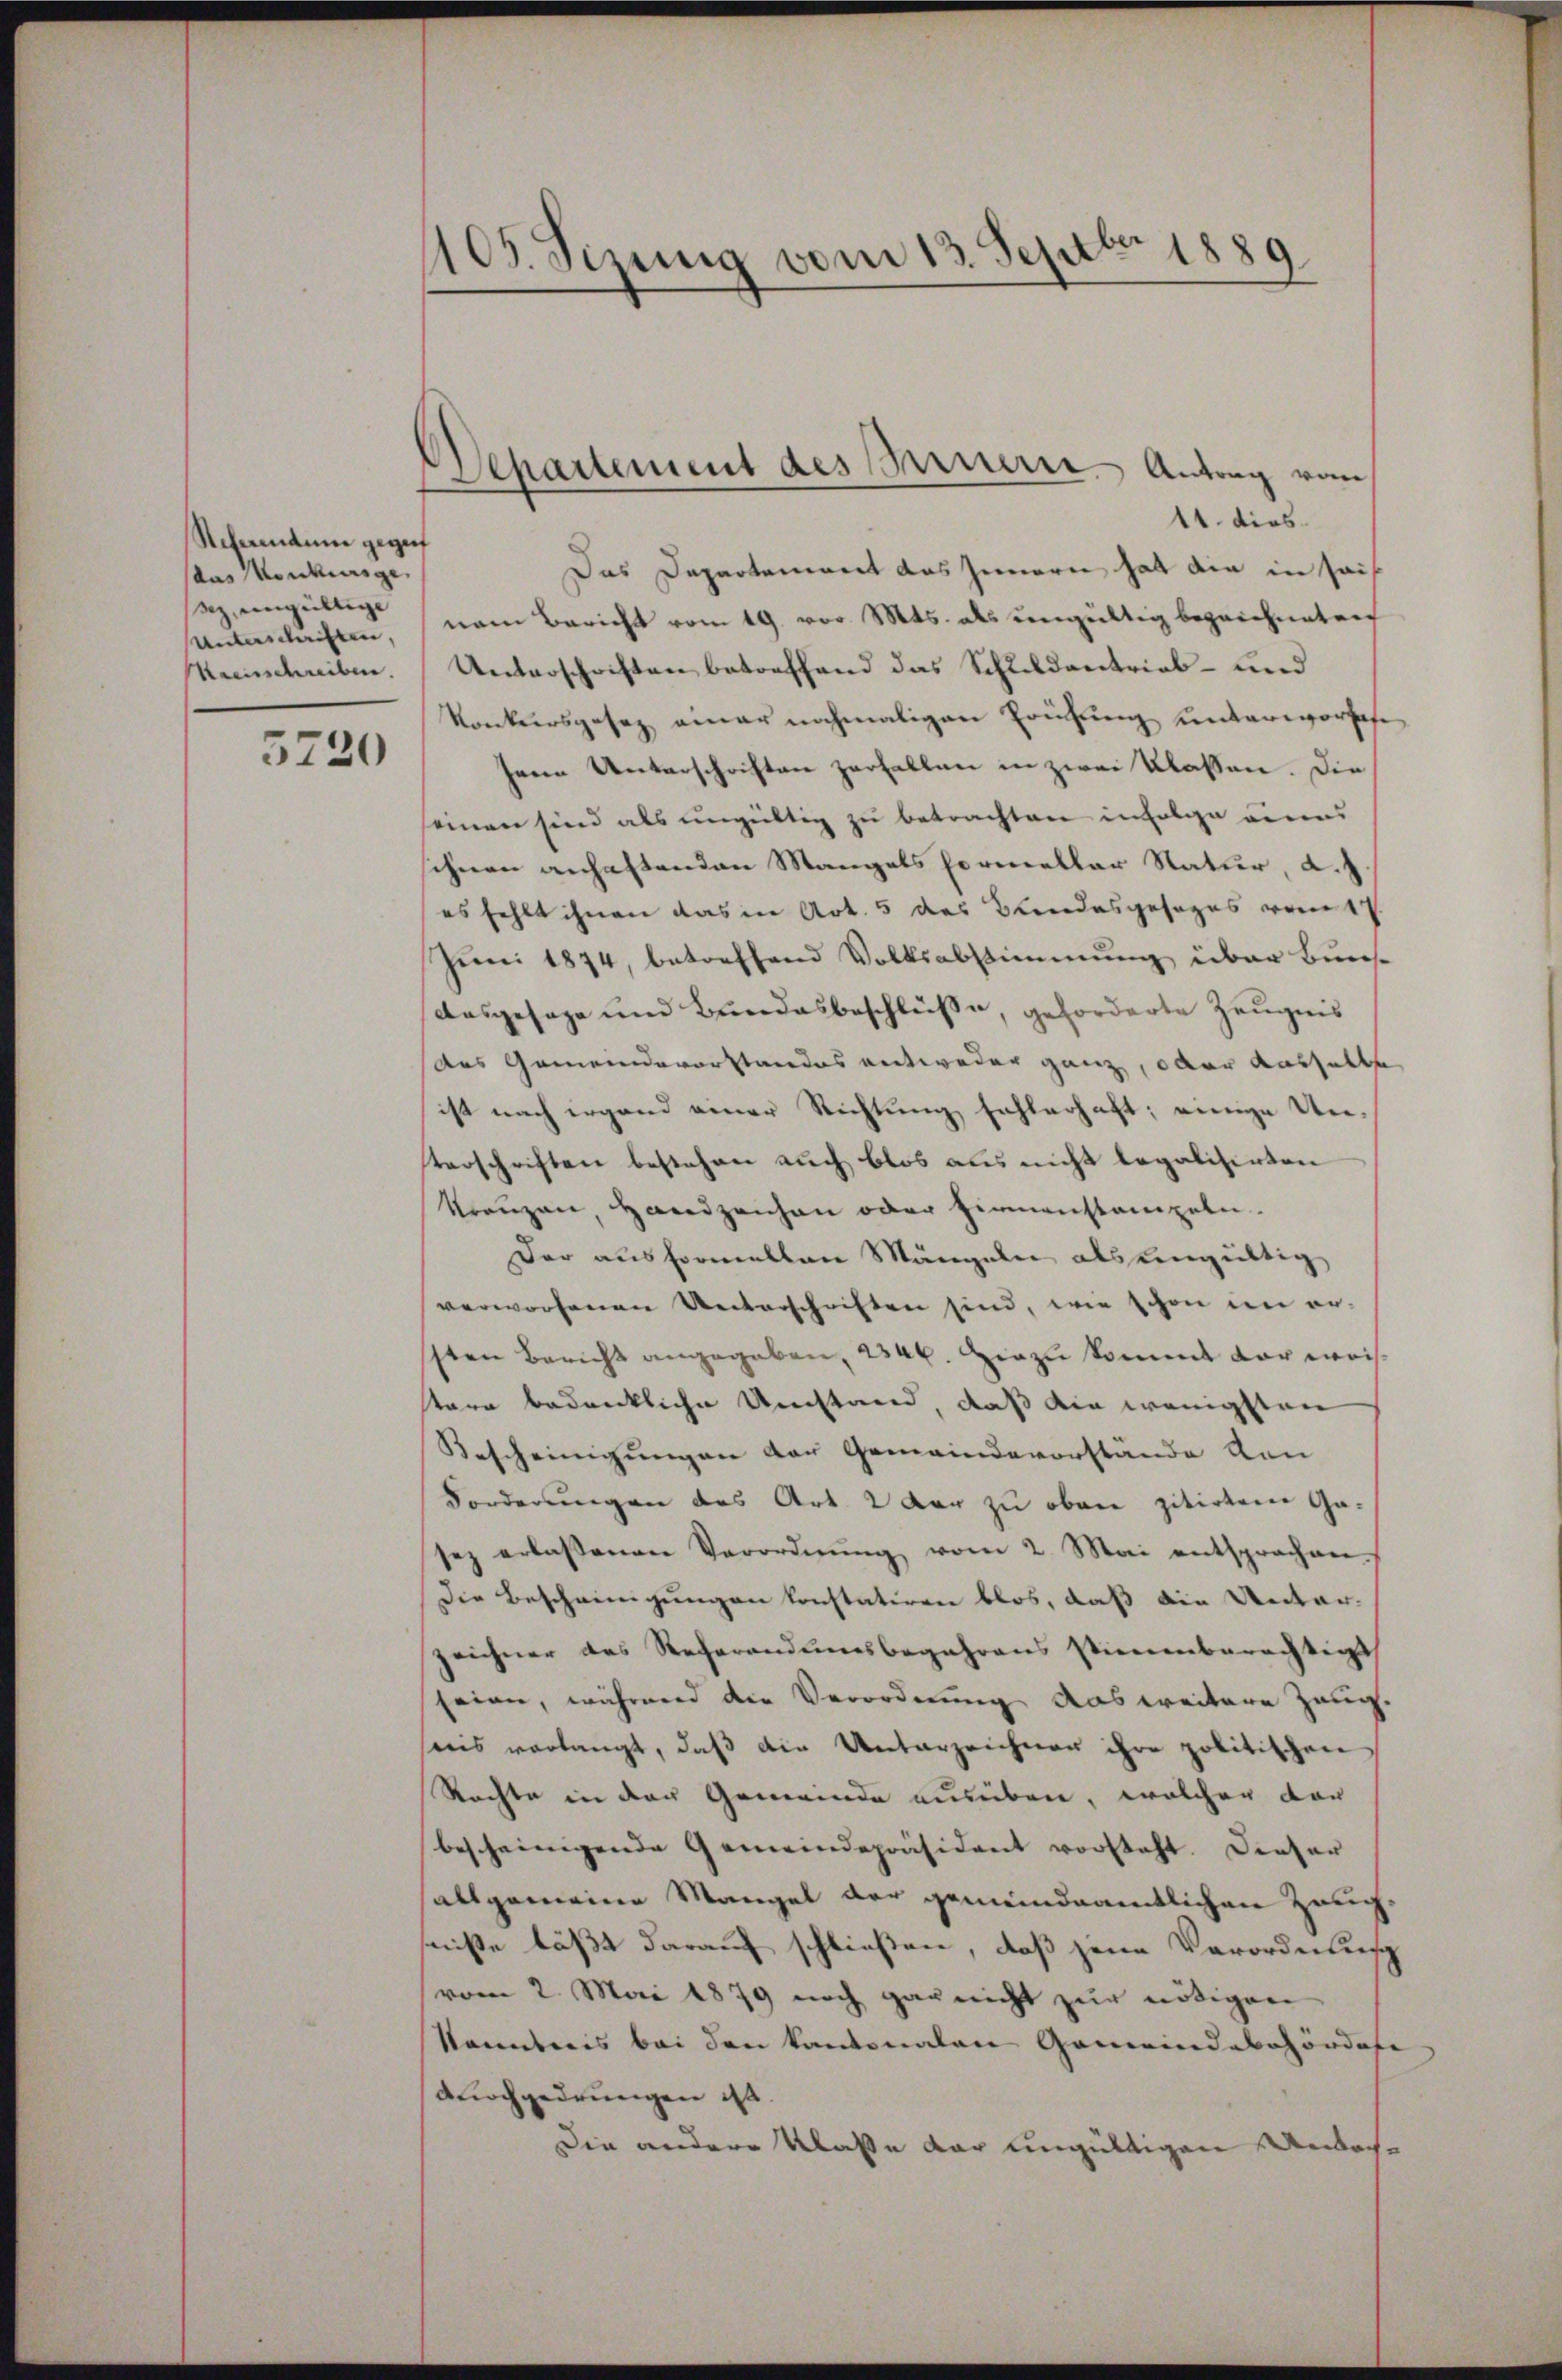
Referendum gegenf
das Monkunge
z, eingültige
Unterschriften,
Kreisschreiben.

3720

105. Sizung vom 13. Septbr. 1889

Departement des Bauern Antrag vom
11. dies

Das Departement das Innern hat die in seinem Bericht vom 19. vor. Mts. als ungültig bezeichneten
Unterschriften betreffend das Schuldentrieb- und
Konkursgesez einer nochmaligen Prüfung unterworfe
sene Unterschriften zerfallen in zwei Klassen. Die
einen sind als ungültig zu betrachten infolge eines
ihnen anfastenden Mangels formeller Natur, a.).
es fehlt ihnen das in Art. 5 des Bundesgesages vom 17.
Juni 1874, betreffend Volksabstimmung über Bun¬
Ausgesage und Bundesbeschlüße, geforderte Zeugnis
das Gemeindevorstandes entweder ganz, oder dasselbe
ist nach irgend einer Richtung fehlerhaft; einige Unterschriften bestehen auch blos aus nicht legalisirten
kranzen, Handzeichen oder Firmanstampeln.
Der ausformellen Mängeln als eingültig
verworfenen Unterschriften sind, wie schon in ersten Bericht angegeben, 220 l. Hiezu kommt dar weistare bedrückliche Umstand, daß die wenigsten
Bescheinigungen der Gemeindevorstände von
Forderungen des Art. 2 der zu oben zitirten Gasez erlassenen Verordnŭng vom 2. Mai entsprachen.
Die Bescheinigungen konstatiren blos, daß die Unterzeichner des Referandumsbegehrens stimmberechtigt
seinen, während die Verordnung das weitere Zeug.
weis verlangt, daβ die Unterzeichner ihre politischen
Rachte in der Gemeinde ausüben, welcher der
bescheinigende Gemeindepräsident vorsteht. Dieser
allgemeine Mangel der gemeindeamtlichen Zeugniße läßt darauf schließen, daß jene Verordnung
vom 2. Mai 1879 noch gar nicht zur nötigen
kannteris bei den kantonalen Gemeindebehördofe
dnachgedrungen ist.
Die andere Klasse dar ungültigen nach¬